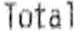
TOTAL